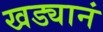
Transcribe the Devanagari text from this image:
खड्यानं